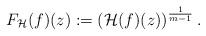
LaTeX: \begin{align*} F_\mathcal{H}(f) (z) :=\left(\mathcal{H}(f)(z)\right)^{\frac1{m-1}}.\end{align*}